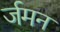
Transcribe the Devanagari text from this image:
र्जमन